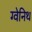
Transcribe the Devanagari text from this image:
ग्वेनिथ